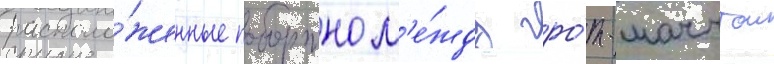
располо́женные побортно м'е́жду гро́т-мачтои